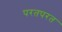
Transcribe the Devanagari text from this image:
परतपरत